Indian journal of veterinary science and animal husbandry - Volume 5,
Year: 1935
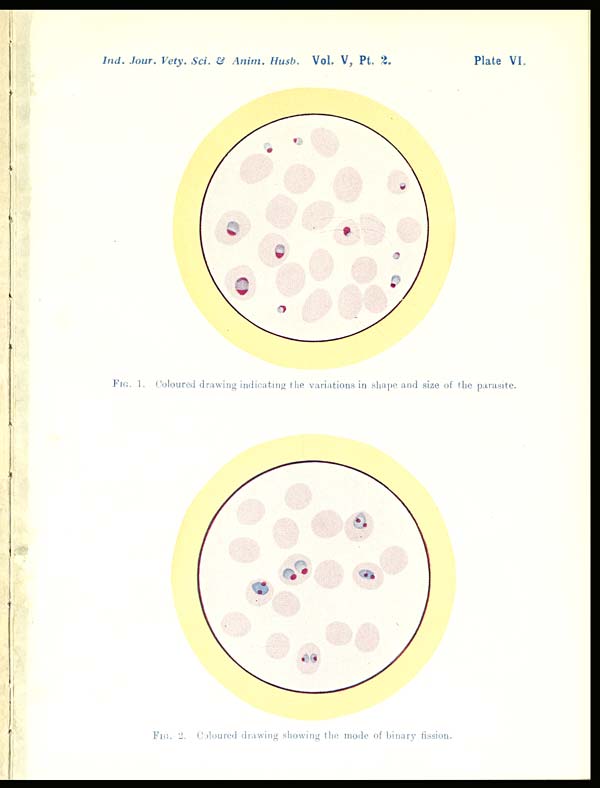
Ind. Jour. Vety. Sci. & Anim. Husb. Vol. V, Pt,
2.
Plate VI.
FIG. 1. Coloured drawing indicating the variations in shape and size of the parasite.
FIG. 2. Coloured drawing showing the mode of binary fission.